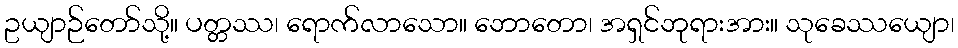
ဥယျာဉ်တော်သို့။ ပတ္တဿ၊ ရောက်လာသော။ ဘောတော၊ အရှင်ဘုရားအား။ သုခေဿယျော၊